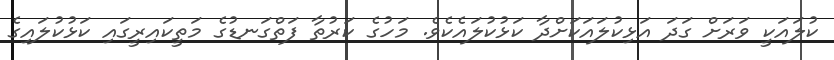
ކުލައަކީ ވަރަށް ގަދަ އަޅިކުލައަކަށްދާ ކަޅުކުލައެކެވެ. މަހުގެ ކަރުތާ ފަތްގަނޑުގެ މަތީކައިރީގައި ކަޅުކުލައިގެ